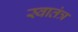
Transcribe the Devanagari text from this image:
स्‍वातंत्र